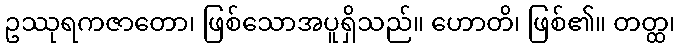
ဥဿုရကဇာတော၊ ဖြစ်သောအပူရှိသည်။ ဟောတိ၊ ဖြစ်၏။ တတ္ထ၊